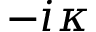
- i \kappa